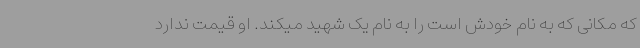
که مکانی که به نام خودش است را به نام یک شهید میکند. او قیمت ندارد